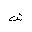
Letter: _shin